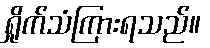
ရှိုက်သံကြားရသည်။